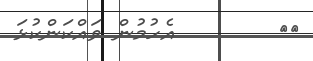
١٨        އެހުމުން ވައްކަންކުޅަ